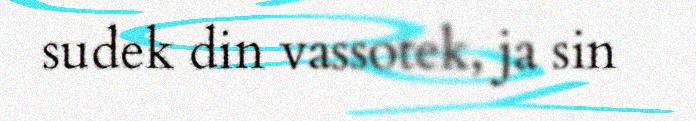
sudek din vassotek, ja sin